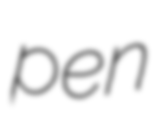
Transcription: pen